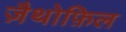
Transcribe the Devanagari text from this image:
ज़ैथोफ़िल